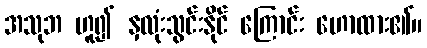
အသုဘ ဟူ၍ နှလုံးသွင်းနိုင် ကြောင်း ဟောထား၏။